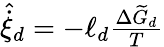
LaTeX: \begin{array}{r}{{\hat{\dot{\xi}}}_{d}=-\ell_{d}\frac{\Delta\widetilde{G}_{d}}{T}}\end{array}